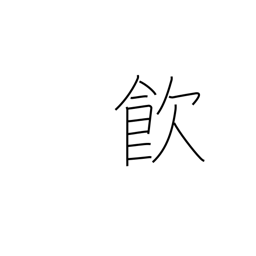
Meaning: drink